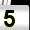
Digit: 5